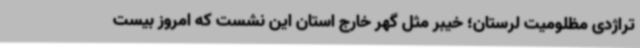
تراژدی مظلومیت لرستان؛ خیبر مثل گهر خارج استان این نشست که امروز بیست